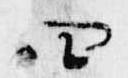
四